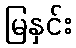
မြနှင်း